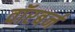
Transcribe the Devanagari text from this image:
वॉरबर्न